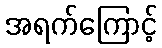
အရက်ကြောင့်